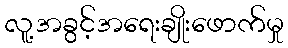
လူ့အခွင့်အရေးချိုးဖောက်မှု